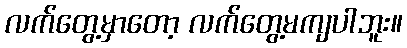
လက်တွေ့မှာတော့ လက်တွေ့မကျပါဘူး။